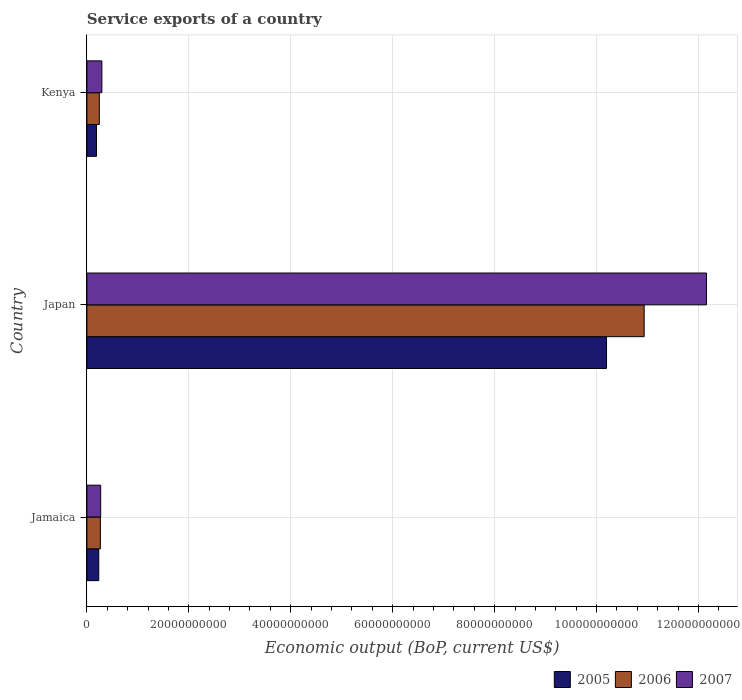
| Country | 2005 | 2006 | 2007 |
 | --- | --- | --- | --- |
 | Jamaica | 2.33e+09 | 2.65e+09 | 2.71e+09 |
 | Japan | 1.02e+11 | 1.09e+11 | 1.22e+11 |
 | Kenya | 1.88e+09 | 2.44e+09 | 2.94e+09 |